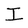
Character: I